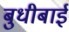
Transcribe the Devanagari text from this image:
बुधीबाई